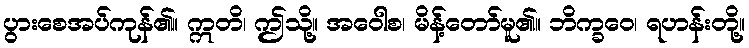
ပွားစေအပ်ကုန်၏။ ဣတိ၊ ဤသို့။ အဝေါစ၊ မိန့်တော်မူ၏။ ဘိက္ခဝေ၊ ရဟန်းတို့။